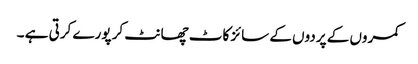
کمروں کے پردوں کے سائز کاٹ چھانٹ کر پورے کرتی ہے ۔